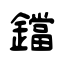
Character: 鐺